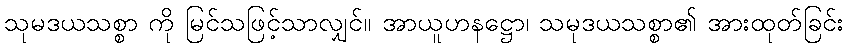
သုမဒယသစ္စာ ကို မြင်သဖြင့်သာလျှင်။ အာယူဟနဋ္ဌော၊ သမုဒယသစ္စာ၏ အားထုတ်ခြင်း